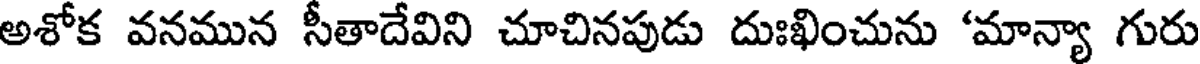
అశోక వనమున సీతాదేవిని చూచినపుడు దుఃఖించును 'మాన్యా గురు